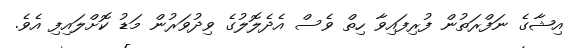
އިޝާގެ ނަފްރަތުން ފުރިފައިވާ ހިތް ވެސް އެދެލޮލުގެ ވިދުވަރުން މަޑު ކޮށްލައިފި އެވެ.